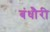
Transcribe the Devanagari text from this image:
बंधौैरी